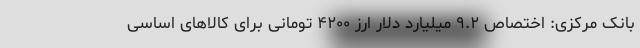
بانک مرکزی: اختصاص ۹.۲ میلیارد دلار ارز ۴۲۰۰ تومانی برای کالاهای اساسی